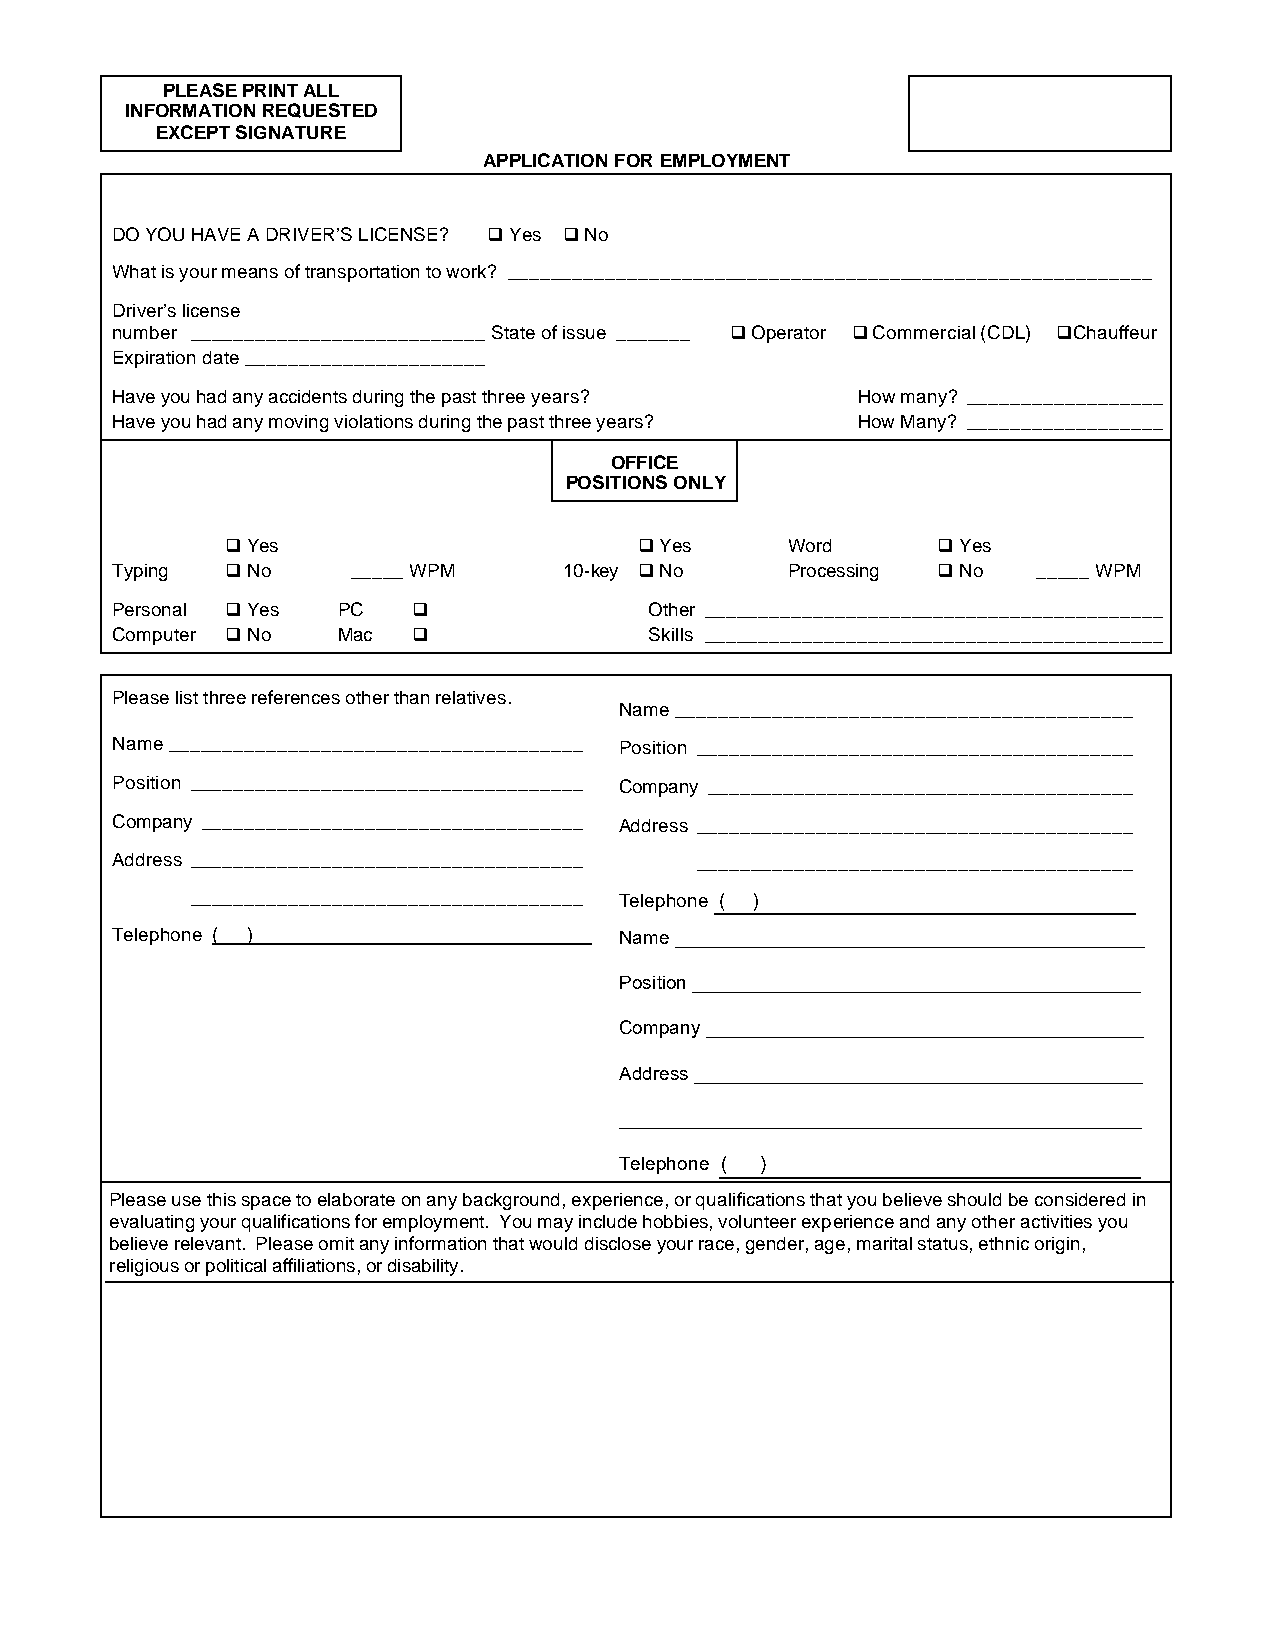
PLEASE PRINT ALL
 INFORMATION REQUESTED
 EXCEPT SIGNATURE
 APPLICATION FOR EMPLOYMENT
 DO YOU HAVE A DRIVER’S LICENSE? q Yes q No
 What is your means of transportation to work? ___________________________________________________________
 Driver’s license
 number ___________________________ State of issue _______ q Operator q Commercial (CDL) qChauffeur
 Expiration date ______________________
 Have you had any accidents during the past three years? How many? __________________
 Have you had any moving violations during the past three years? How Many? __________________
 OFFICE
 POSITIONS ONLY
 q Yes                      q Yes     Word      q Yes
 Typing  q No    _____ WPM     10-key q No    Processing q No  _____ WPM
 Personal q Yes PC   q               Other __________________________________________
 Computer q No  Mac  q               Skills __________________________________________
 Please list three references other than relatives.
 Name __________________________________________
 Name ______________________________________ Position ________________________________________
 Position ____________________________________ Company _______________________________________
 Company ___________________________________ Address ________________________________________
 Address ____________________________________ ________________________________________
 ____________________________________ Telephone ( )
 Telephone ( )                     Name ____________________________________________
 Position __________________________________________
 Company _________________________________________
 Address __________________________________________
 _________________________________________________
 Telephone ( )
 Please use this space to elaborate on any background, experience, or qualifications that you believe should be considered in
 evaluating your qualifications for employment. You may include hobbies, volunteer experience and any other activities you
 believe relevant. Please omit any information that would disclose your race, gender, age, marital status, ethnic origin,
 religious or political affiliations, or disability.